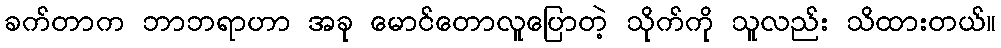
ခက်တာက ဘာဘရာဟာ အခု မောင်တောလူပြောတဲ့ သိုက်ကို သူလည်း သိထားတယ်။